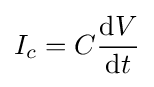
I_{c}=C{\frac {\mathrm {d} V}{\mathrm {d} t}}